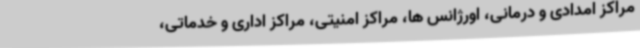
مراکز امدادی و درمانی، اورژانس ها، مراکز امنیتی، مراکز اداری و خدماتی،